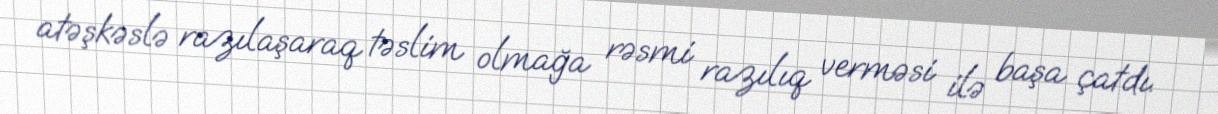
atəşkəslə razılaşaraq təslim olmağa rəsmi razılıq verməsi ilə başa çatdı.